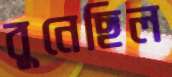
বুনেছিল